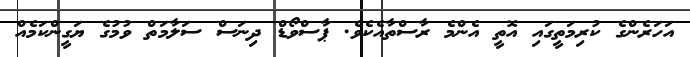
އަހަރެންގެ ކުރިމަތީގައި އޮތީ އެންމެ ރާސްތާއެކެވެ. ޕާސްވޯޑް ދިނަސް ސަލާމަތް ވުމުގެ ޔަގީންކަމެއް